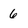
Character: 6